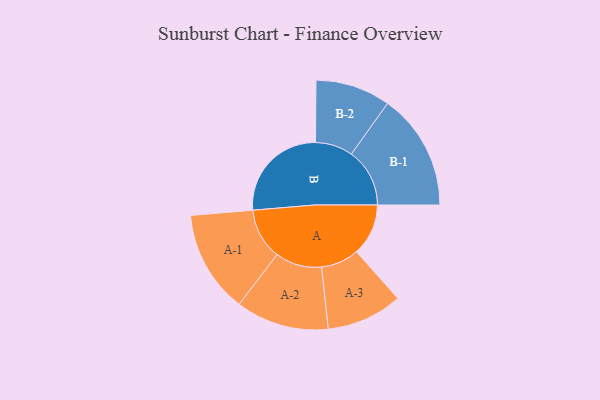
{"axis": {"x": "Segment", "y": "Value"}, "legend": ["", "A", "B"], "data": [{"x": "A", "y": 247, "type": ""}, {"x": "B", "y": 486, "type": ""}, {"x": "A-1", "y": 244, "type": "A"}, {"x": "A-2", "y": 222, "type": "A"}, {"x": "A-3", "y": 181, "type": "A"}, {"x": "B-1", "y": 278, "type": "B"}, {"x": "B-2", "y": 179, "type": "B"}]}